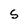
Character: S